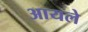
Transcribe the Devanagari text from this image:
आयले